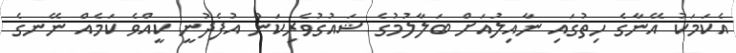
އެކަމަކު އޭނާގެ ހިތުގައި ނާއިލުއަށް ބަލާލުމުގެ ޝައުގުވެރިކަން އުފެދުނީ ކީއްވެ ކަމެއް ނޭނގެ